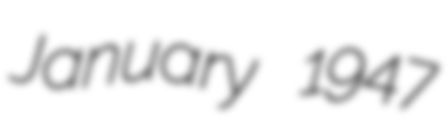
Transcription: January 1947